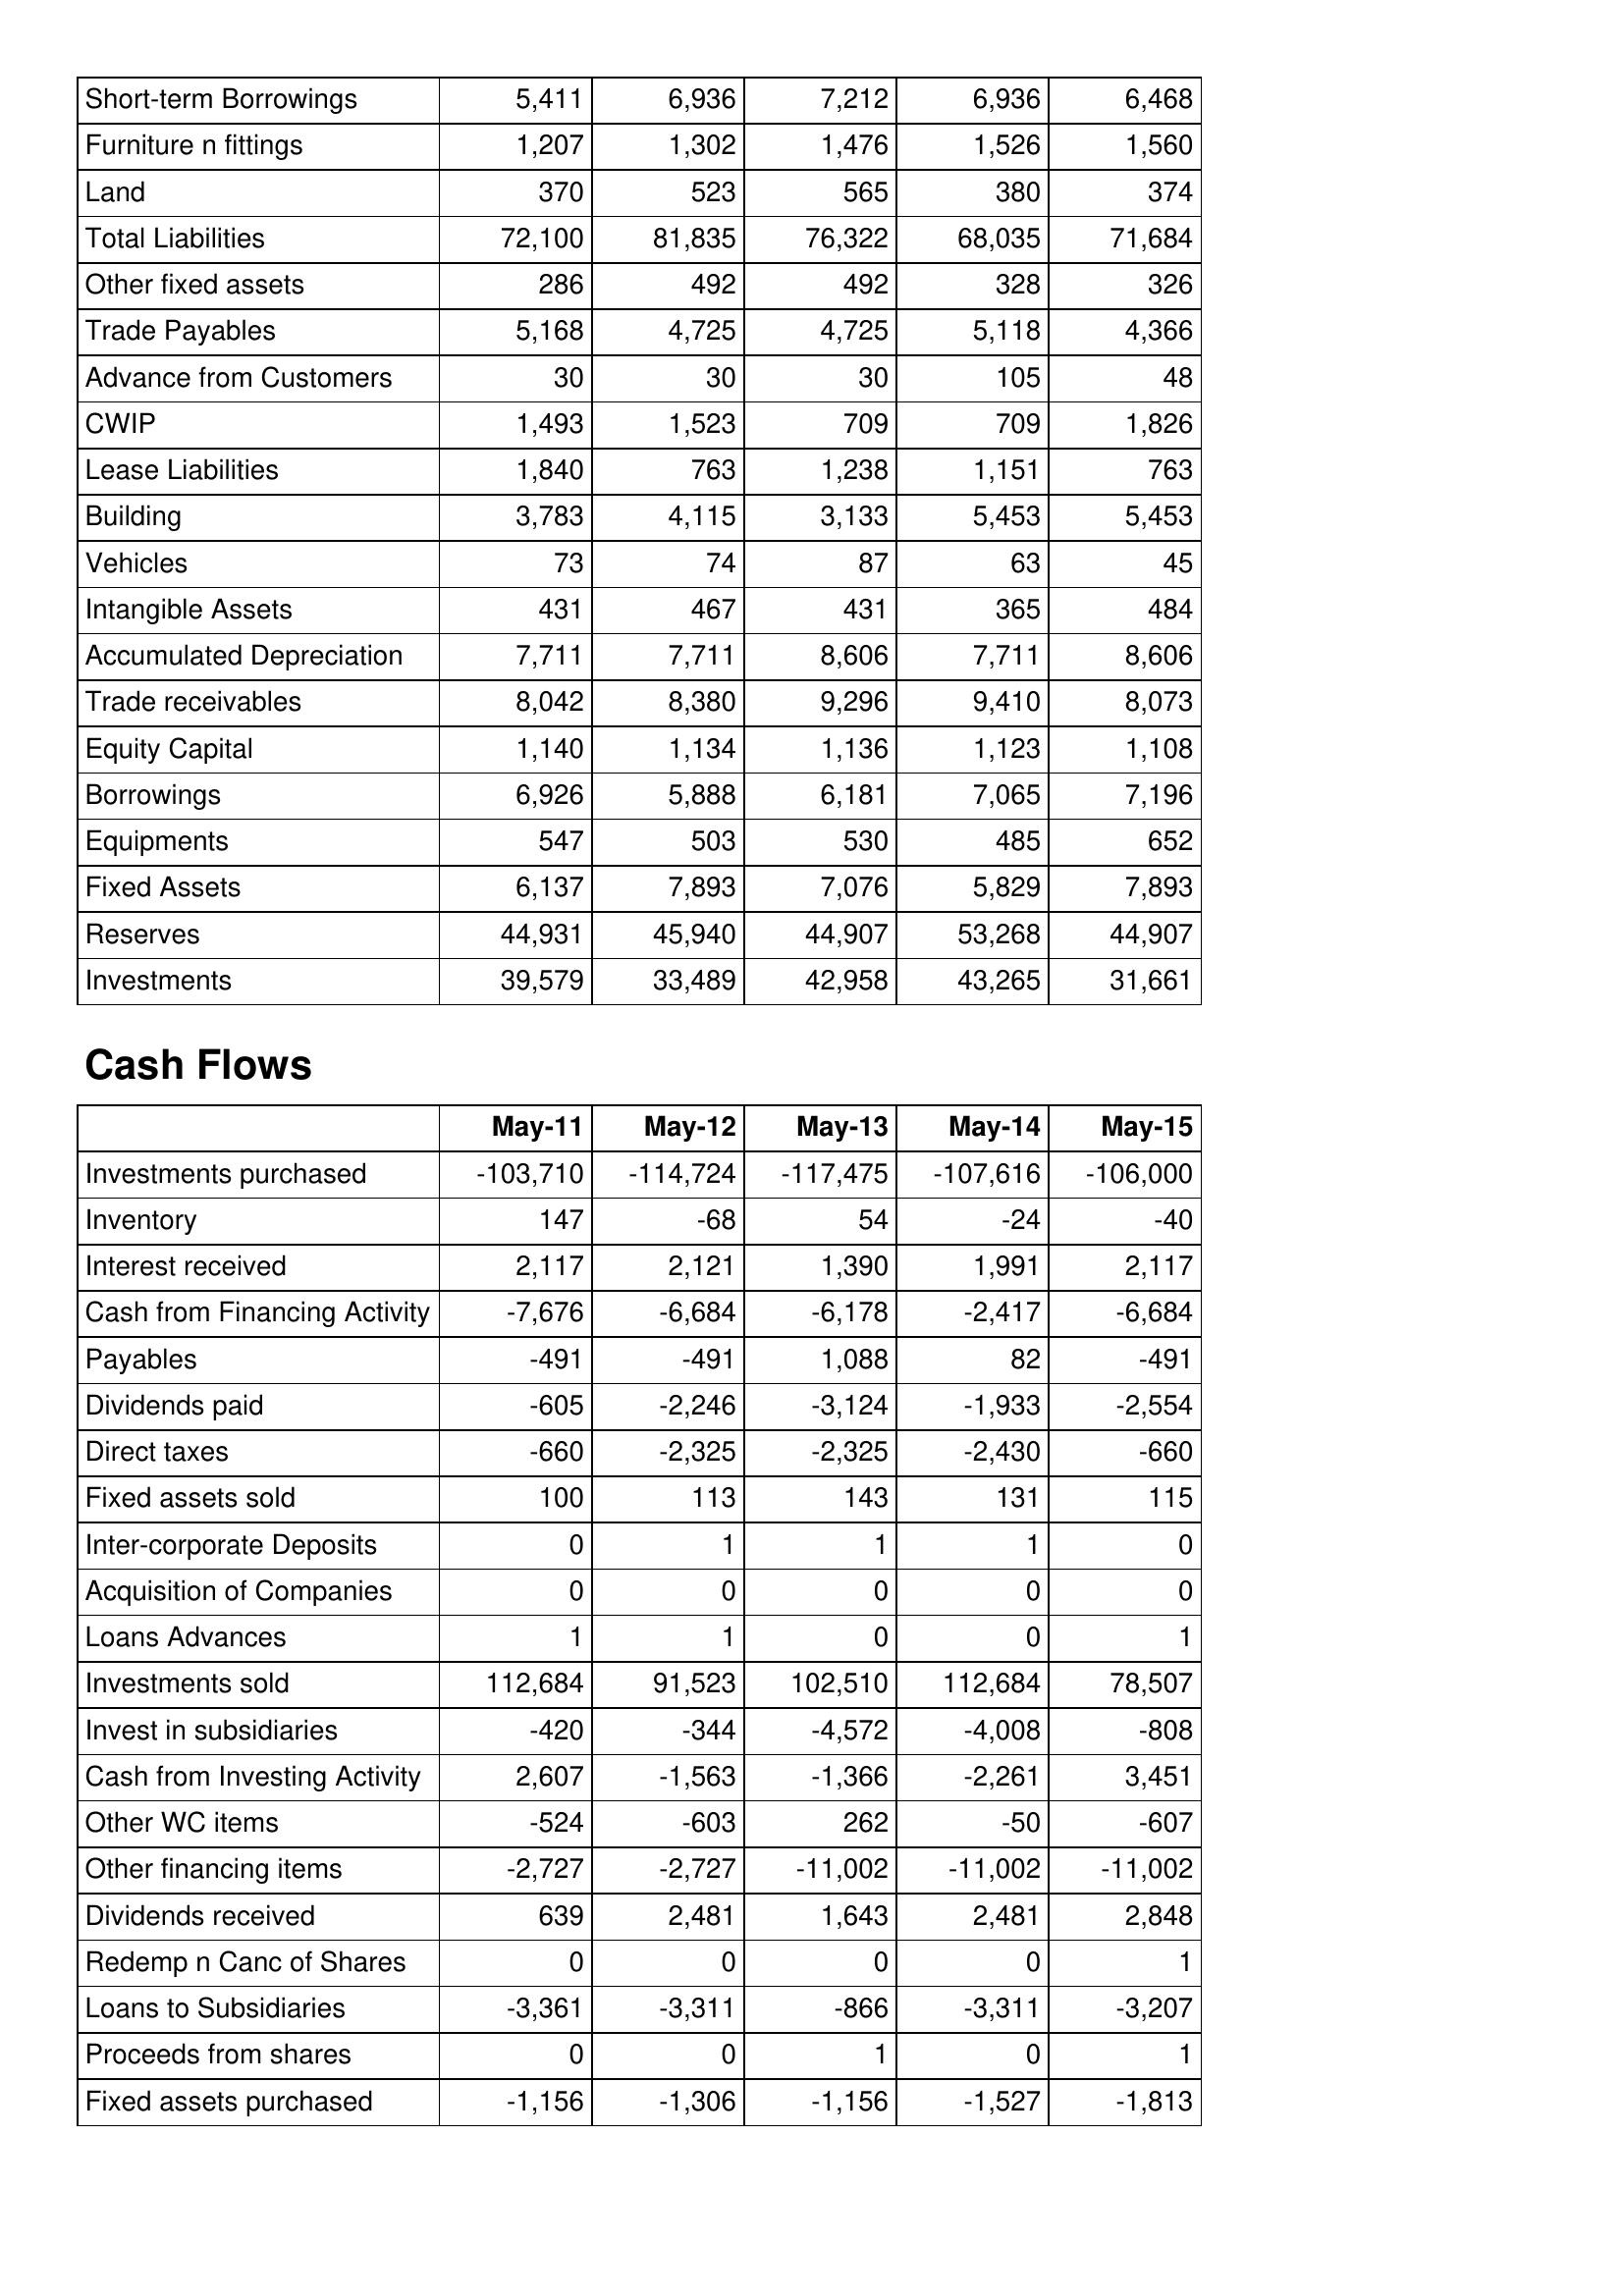
May-11: Balance Sheet: Short-term Borrowings: 5,411
Furniture n fittings: 1,207
Land: 370
Total Liabilities: 72,100
Other fixed assets: 286
Trade Payables: 5,168
Advance from Customers: 30
CWIP: 1,493
Lease Liabilities: 1,840
Building: 3,783
Vehicles: 73
Intangible Assets: 431
Accumulated Depreciation: 7,711
Trade receivables: 8,042
Equity Capital: 1,140
Borrowings: 6,926
Equipments: 547
Fixed Assets: 6,137
Reserves: 44,931
Investments: 39,579
Cash Flows: Investments purchased: -103,710
Inventory: 147
Interest received: 2,117
Cash from Financing Activity: -7,676
Payables: -491
Dividends paid: -605
Direct taxes: -660
Fixed assets sold: 100
Inter-corporate Deposits: 0
Acquisition of Companies: 0
Loans Advances: 1
Investments sold: 112,684
Invest in subsidiaries: -420
Cash from Investing Activity: 2,607
Other WC items: -524
Other financing items: -2,727
Dividends received: 639
Redemp n Canc of Shares: 0
Loans to Subsidiaries: -3,361
Proceeds from shares: 0
Fixed assets purchased: -1,156
May-12: Balance Sheet: Short-term Borrowings: 6,936
Furniture n fittings: 1,302
Land: 523
Total Liabilities: 81,835
Other fixed assets: 492
Trade Payables: 4,725
Advance from Customers: 30
CWIP: 1,523
Lease Liabilities: 763
Building: 4,115
Vehicles: 74
Intangible Assets: 467
Accumulated Depreciation: 7,711
Trade receivables: 8,380
Equity Capital: 1,134
Borrowings: 5,888
Equipments: 503
Fixed Assets: 7,893
Reserves: 45,940
Investments: 33,489
Cash Flows: Investments purchased: -114,724
Inventory: -68
Interest received: 2,121
Cash from Financing Activity: -6,684
Payables: -491
Dividends paid: -2,246
Direct taxes: -2,325
Fixed assets sold: 113
Inter-corporate Deposits: 1
Acquisition of Companies: 0
Loans Advances: 1
Investments sold: 91,523
Invest in subsidiaries: -344
Cash from Investing Activity: -1,563
Other WC items: -603
Other financing items: -2,727
Dividends received: 2,481
Redemp n Canc of Shares: 0
Loans to Subsidiaries: -3,311
Proceeds from shares: 0
Fixed assets purchased: -1,306
May-13: Balance Sheet: Short-term Borrowings: 7,212
Furniture n fittings: 1,476
Land: 565
Total Liabilities: 76,322
Other fixed assets: 492
Trade Payables: 4,725
Advance from Customers: 30
CWIP: 709
Lease Liabilities: 1,238
Building: 3,133
Vehicles: 87
Intangible Assets: 431
Accumulated Depreciation: 8,606
Trade receivables: 9,296
Equity Capital: 1,136
Borrowings: 6,181
Equipments: 530
Fixed Assets: 7,076
Reserves: 44,907
Investments: 42,958
Cash Flows: Investments purchased: -117,475
Inventory: 54
Interest received: 1,390
Cash from Financing Activity: -6,178
Payables: 1,088
Dividends paid: -3,124
Direct taxes: -2,325
Fixed assets sold: 143
Inter-corporate Deposits: 1
Acquisition of Companies: 0
Loans Advances: 0
Investments sold: 102,510
Invest in subsidiaries: -4,572
Cash from Investing Activity: -1,366
Other WC items: 262
Other financing items: -11,002
Dividends received: 1,643
Redemp n Canc of Shares: 0
Loans to Subsidiaries: -866
Proceeds from shares: 1
Fixed assets purchased: -1,156
May-14: Balance Sheet: Short-term Borrowings: 6,936
Furniture n fittings: 1,526
Land: 380
Total Liabilities: 68,035
Other fixed assets: 328
Trade Payables: 5,118
Advance from Customers: 105
CWIP: 709
Lease Liabilities: 1,151
Building: 5,453
Vehicles: 63
Intangible Assets: 365
Accumulated Depreciation: 7,711
Trade receivables: 9,410
Equity Capital: 1,123
Borrowings: 7,065
Equipments: 485
Fixed Assets: 5,829
Reserves: 53,268
Investments: 43,265
Cash Flows: Investments purchased: -107,616
Inventory: -24
Interest received: 1,991
Cash from Financing Activity: -2,417
Payables: 82
Dividends paid: -1,933
Direct taxes: -2,430
Fixed assets sold: 131
Inter-corporate Deposits: 1
Acquisition of Companies: 0
Loans Advances: 0
Investments sold: 112,684
Invest in subsidiaries: -4,008
Cash from Investing Activity: -2,261
Other WC items: -50
Other financing items: -11,002
Dividends received: 2,481
Redemp n Canc of Shares: 0
Loans to Subsidiaries: -3,311
Proceeds from shares: 0
Fixed assets purchased: -1,527
May-15: Balance Sheet: Short-term Borrowings: 6,468
Furniture n fittings: 1,560
Land: 374
Total Liabilities: 71,684
Other fixed assets: 326
Trade Payables: 4,366
Advance from Customers: 48
CWIP: 1,826
Lease Liabilities: 763
Building: 5,453
Vehicles: 45
Intangible Assets: 484
Accumulated Depreciation: 8,606
Trade receivables: 8,073
Equity Capital: 1,108
Borrowings: 7,196
Equipments: 652
Fixed Assets: 7,893
Reserves: 44,907
Investments: 31,661
Cash Flows: Investments purchased: -106,000
Inventory: -40
Interest received: 2,117
Cash from Financing Activity: -6,684
Payables: -491
Dividends paid: -2,554
Direct taxes: -660
Fixed assets sold: 115
Inter-corporate Deposits: 0
Acquisition of Companies: 0
Loans Advances: 1
Investments sold: 78,507
Invest in subsidiaries: -808
Cash from Investing Activity: 3,451
Other WC items: -607
Other financing items: -11,002
Dividends received: 2,848
Redemp n Canc of Shares: 1
Loans to Subsidiaries: -3,207
Proceeds from shares: 1
Fixed assets purchased: -1,813